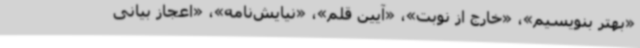
«بهتر بنویسیم»، «خارج از نوبت»، «آیین قلم»، «نیایش‌نامه»، «اعجاز بیانی